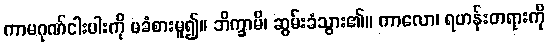
ကာမဂုဏ်ငါးပါးကို မခံစားမူ၍။ ဘိက္ခာမိ၊ ဆွမ်းခံသွား၏။ ကာလော၊ ရဟန်းတရားကို